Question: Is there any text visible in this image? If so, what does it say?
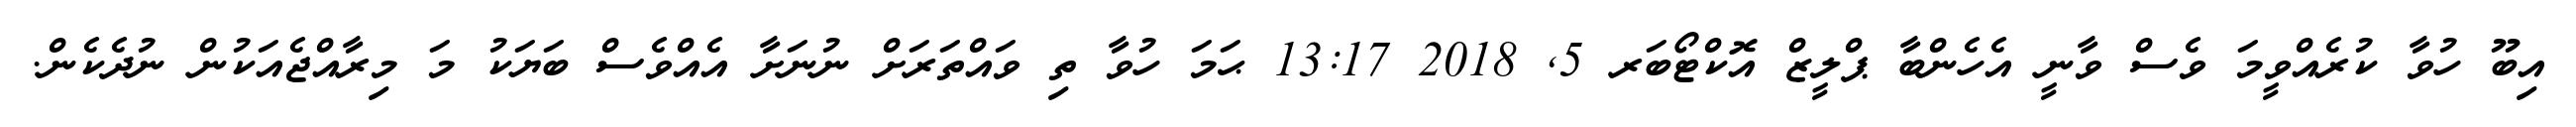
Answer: އިބޫ ހުވާ ކުރެއްވީމަ ވެސް ވާނީ އެހެންބާ ޕްލީޒް އޮކްޓޯބަރ 5, 2018 13:17 ޙަމަ ހުވާ ތި ވައްތަރަށް ނުނަށާ އެއްވެސް ބަޔަކު މަ މިރާއްޖެއަކުން ނުދެކެން.